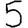
Digit: 5